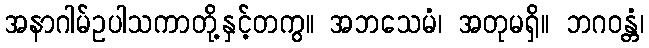
အနာဂါမ်ဥပါသကာတို့နှင့်တကွ။ အဘသေမံ၊ အတုမရှိ။ ဘဂဝန္တံ၊